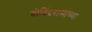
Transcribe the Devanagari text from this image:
गोविंदरामांच्या